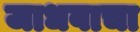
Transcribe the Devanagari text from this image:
जाधवाचा